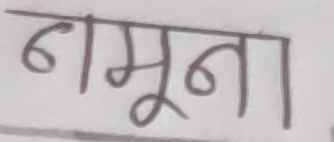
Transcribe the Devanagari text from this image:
नमूना